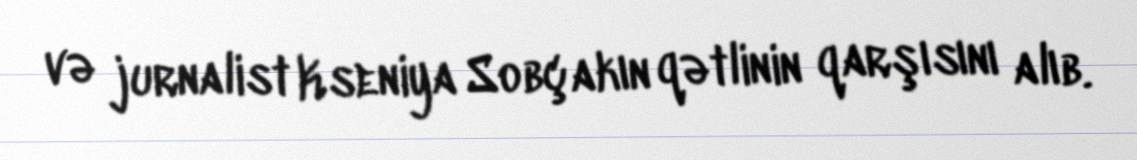
və jurnalist Kseniya Sobçakın qətlinin qarşısını alıb.